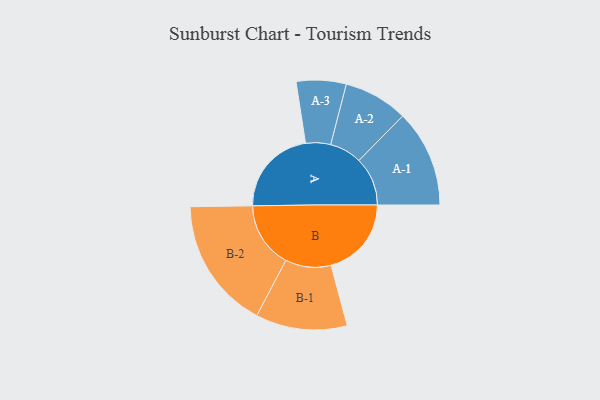
{"axis": {"x": "Segment", "y": "Value"}, "legend": ["", "A", "B"], "data": [{"x": "A", "y": 363, "type": ""}, {"x": "B", "y": 332, "type": ""}, {"x": "A-1", "y": 201, "type": "A"}, {"x": "A-2", "y": 133, "type": "A"}, {"x": "A-3", "y": 103, "type": "A"}, {"x": "B-1", "y": 189, "type": "B"}, {"x": "B-2", "y": 272, "type": "B"}]}